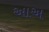
આઅ